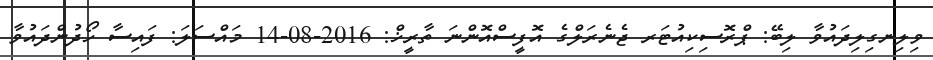
ވިލިނގިލިދައުވާ ލިބޭ: ޕްރޮސިކިއުޓަރ ޖެނެރަލްގެ އޮފީސްއޮންނަ ތާރީޚް: 2016-08-14 މައްސަލަ: ފައިސާ ހޯދުންދައުވާ